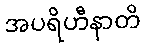
အပရိဟီနာတိ